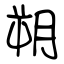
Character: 朔